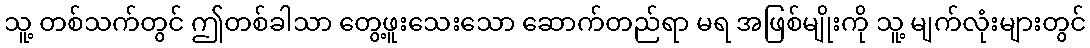
သူ့ တစ်သက်တွင် ဤတစ်ခါသာ တွေ့ဖူးသေးသော ဆောက်တည်ရာ မရ အဖြစ်မျိုးကို သူ့ မျက်လုံးများတွင်